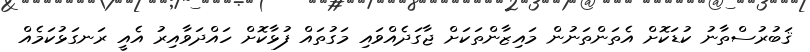
ޤަބުރުސްތާނު ކުޑަކޮށް އެތަންތަނުން މައިޒާންތަކަށް ޖާގަދެއްވައި މަގުތައް ފުޅާކޮށް ހައްދަވާއިރު އެއީ ރަނގަޅުކަމެއް